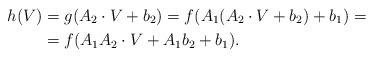
LaTeX: \begin{align*}h(V) &= g(A_2 \cdot V +b_2) = f(A_1(A_2 \cdot V + b_2)+b_1) = \\&=f(A_1 A_2 \cdot V + A_1b_2 + b_1 ).\end{align*}